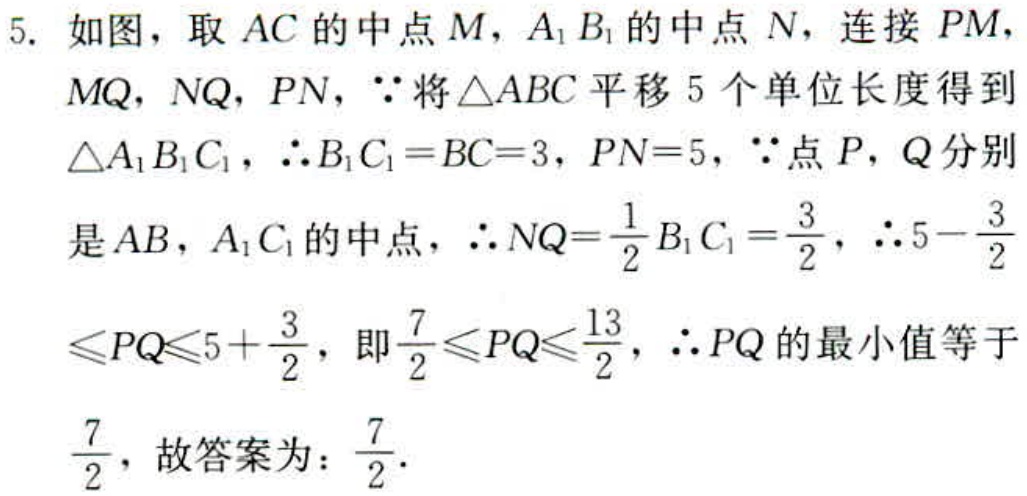
5. 如图，取 \(AC\) 的中点 \(M\)，\(A_1B_1\) 的中点 \(N\)，连接 \(PM\)，\(MQ\)，\(NQ\)，\(PN\)，\(\because\) 将 \(\triangle ABC\) 平移 \(5\) 个单位长度得到 \(\triangle A_1B_1C_1\)，\(\therefore B_1C_1 = BC = 3\)，\(PN = 5\)，\(\because\) 点 \(P\)，\(Q\) 分别是 \(AB\)，\(A_1C_1\) 的中点，\(\therefore NQ=\frac{1}{2}B_1C_1=\frac{3}{2}\)，\(\therefore 5 - \frac{3}{2}\leq PQ\leq 5 + \frac{3}{2}\)，即 \(\frac{7}{2}\leq PQ\leq\frac{13}{2}\)，\(\therefore PQ\) 的最小值等于 \(\frac{7}{2}\)，故答案为：\(\frac{7}{2}\)．